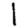
Digit: 1